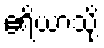
ဧရိယာသို့